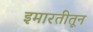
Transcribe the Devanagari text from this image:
इमारतीतून